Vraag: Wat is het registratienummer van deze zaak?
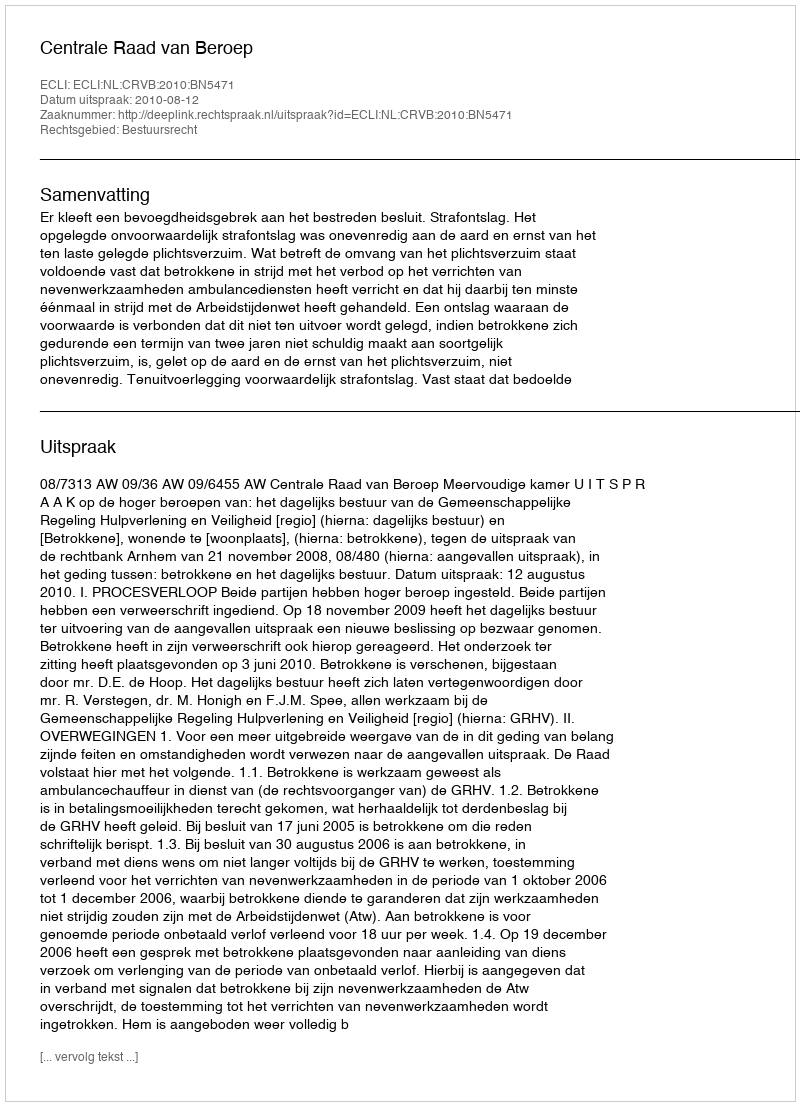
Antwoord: http://deeplink.rechtspraak.nl/uitspraak?id=ECLI:NL:CRVB:2010:BN5471